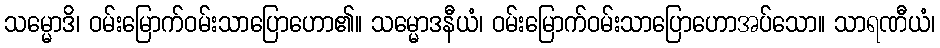
သမ္မောဒိ၊ ဝမ်းမြောက်ဝမ်းသာပြောဟော၏။ သမ္မောဒနီယံ၊ ဝမ်းမြောက်ဝမ်းသာပြောဟောအပ်သော။ သာရဏီယံ၊